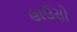
હાઉસો